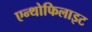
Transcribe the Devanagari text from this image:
एन्थोफिलाइट